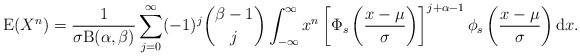
LaTeX: \begin{align*}\mathrm{E}(X^n)&=\frac{1}{\sigma \mathrm{B}(\alpha,\beta)}\sum_{j=0}^{\infty}(-1)^j\binom{\beta-1}{j}\int_{-\infty}^\infty x^n\left[\Phi_s\left(\frac{x-\mu}{\sigma}\right)\right]^{j+\alpha-1}\phi_s \left(\frac{x-\mu}{\sigma}\right)\mathrm{d}x.\end{align*}